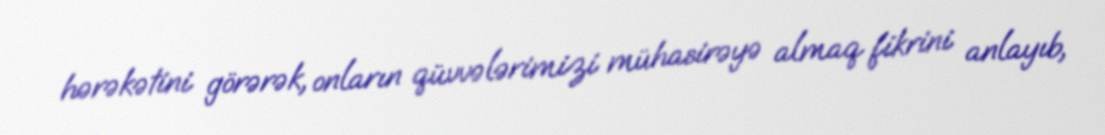
hərəkətini görərək, onların qüvvələrimizi mühasirəyə almaq fikrini anlayıb,